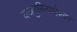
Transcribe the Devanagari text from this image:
यजमुरिनाथेश्‍वर